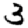
Digit: 3